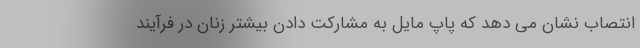
انتصاب نشان می دهد که پاپ مایل به مشارکت دادن بیشتر زنان در فرآیند